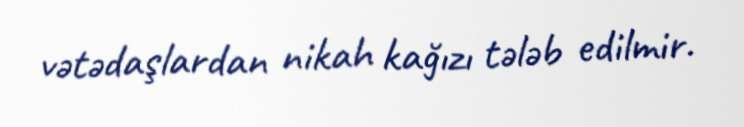
vətədaşlardan nikah kağızı tələb edilmir.